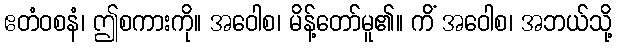
ဧတံဝစနံ၊ ဤစကားကို။ အဝေါစ၊ မိန့်တော်မူ၏။ ကိံ အဝေါစ၊ အဘယ်သို့